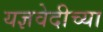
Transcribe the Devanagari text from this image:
यज्ञवेदीच्या